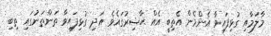
މާލަމާއި ގުޅިފައިވާ އެންމެން އެތިބީ އެއް ޙާޟިރުގައެވެ. އަދި ގުޅިފައިވާ ތަންތަނުގައި ތިބި